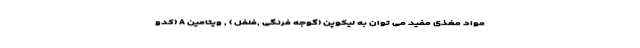
مواد مغذی مفید می توان به لیکوپن (گوجه فرنگی ,فلفل ) , ویتامین A (کدو